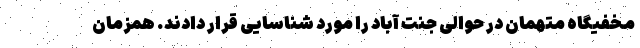
مخفیگاه متهمان در حوالی جنت آباد را مورد شناسایی قرار دادند. همزمان